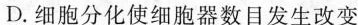
D.细胞分化使细胞器数目发生改变